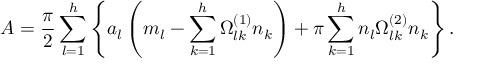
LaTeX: A = { \frac { \pi } { 2 } } \sum _ { l = 1 } ^ { h } \left\{ a _ { l } \left( m _ { l } - \sum _ { k = 1 } ^ { h } \Omega _ { l k } ^ { ( 1 ) } n _ { k } \right) + \pi \sum _ { k = 1 } ^ { h } n _ { l } \Omega _ { l k } ^ { ( 2 ) } n _ { k } \right\} .